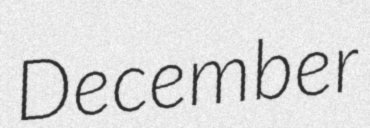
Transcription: December